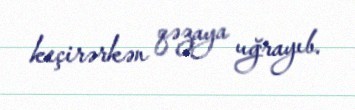
keçirərkən qəzaya uğrayıb.